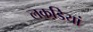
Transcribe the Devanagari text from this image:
लकडि़यां